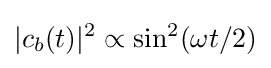
|c_{b}(t)|^{2}\propto \sin ^{2}(\omega t/2)